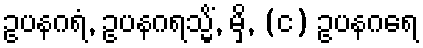
ဥပနဂရံ, ဥပနဂရသ္မိံ, မှိ, (င) ဥပနဂရေ